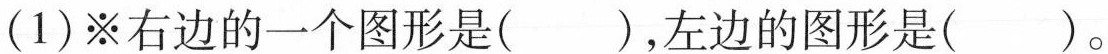
(1)※右边的一个图形是( ),左边的图形是( )。